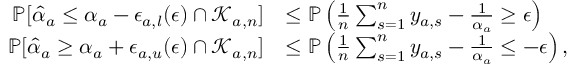
\begin{array} { r l } { \mathbb { P } [ \hat { \alpha } _ { a } \leq \alpha _ { a } - \epsilon _ { a , l } ( \epsilon ) \cap \mathcal { K } _ { a , n } ] } & { \leq \mathbb { P } \left( \frac { 1 } { n } \sum _ { s = 1 } ^ { n } y _ { a , s } - \frac { 1 } { \alpha _ { a } } \geq \epsilon \right) } \\ { \mathbb { P } [ \hat { \alpha } _ { a } \geq \alpha _ { a } + \epsilon _ { a , u } ( \epsilon ) \cap \mathcal { K } _ { a , n } ] } & { \leq \mathbb { P } \left( \frac { 1 } { n } \sum _ { s = 1 } ^ { n } y _ { a , s } - \frac { 1 } { \alpha _ { a } } \leq - \epsilon \right) , } \end{array}